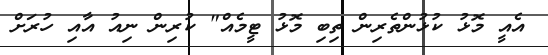
އެއީ މޮޅު ކުޅުންތެރިން ތިބި މޮޅު ޓީމެއް" ކުރިން ނިއު އާއި ހުރަށް